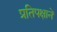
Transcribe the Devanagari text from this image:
प्रतिपक्षाने